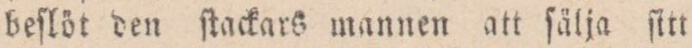
beflöt den ſtackars mannen att ſälja ſitt